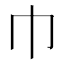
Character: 巾